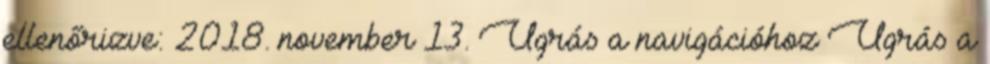
ellenőrizve: 2018. november 13. Ugrás a navigációhoz Ugrás a